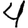
Digit: 4